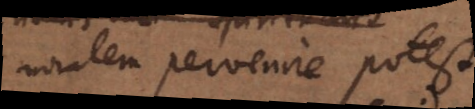
moralem pervenire potest.